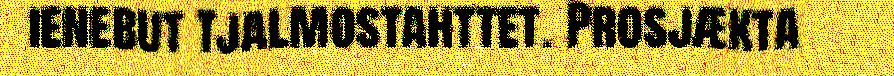
ienebut tjalmostahttet. Prosjækta